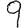
Digit: 9